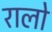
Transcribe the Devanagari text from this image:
रालो